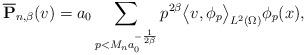
LaTeX: \begin{align*}{\bf \overline P}_{n,\beta}(v) &= a_0 \sum_{p < M_n a_0^{-\frac{1}{2\beta} }} p^{2\beta} \big\langle v,\phi_p\big\rangle_{L^2(\Omega)} \phi_p(x),\end{align*}